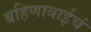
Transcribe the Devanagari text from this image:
बहिणाबाईचं